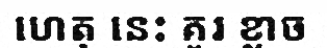
ហេតុ នេះ គួរ ខ្លាច